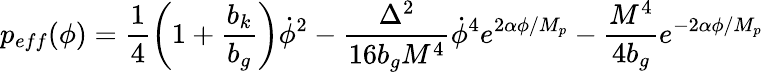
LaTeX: p_{eff}(\phi)=\frac{1}{4}\left(1+\frac{b_{k}}{b_{g}}\right)\dot{\phi}^{2}-\frac{\Delta^{2}}{16b_{g}M^{4}}\dot{\phi}^{4}e^{2\alpha\phi/M_{p}}-\frac{M^{4}}{4b_{g}}e^{-2\alpha\phi/M_{p}}